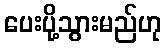
ပေးပို့သွားမည်ဟု